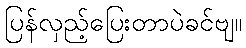
ပြန်လှည့်ပြေးတာပဲခင်ဗျ။